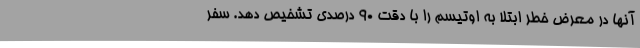
آنها در معرض خطر ابتلا به اوتیسم را با دقت ۹۰ درصدی تشخیص دهد. سفر